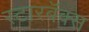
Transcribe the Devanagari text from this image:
स्टारबॅक्स